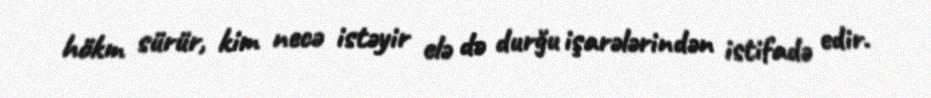
hökm sürür, kim necə istəyir elə də durğu işarələrindən istifadə edir.